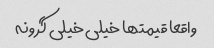
واقعا قیمتها خیلی خیلی گرونه